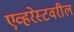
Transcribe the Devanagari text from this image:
एव्हरेस्टवरील